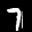
Label: 7